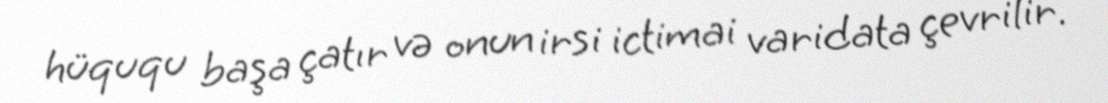
hüququ başa çatır və onun irsi ictimai varidata çevrilir.